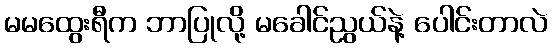
မမထွေးရီက ဘာပြုလို့ မခေါင်ညွယ်နဲ့ ပေါင်းတာလဲ